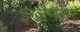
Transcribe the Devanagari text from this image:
इग्ज़ैमनर